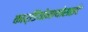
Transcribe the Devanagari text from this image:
कार्डियोमायोसाईट